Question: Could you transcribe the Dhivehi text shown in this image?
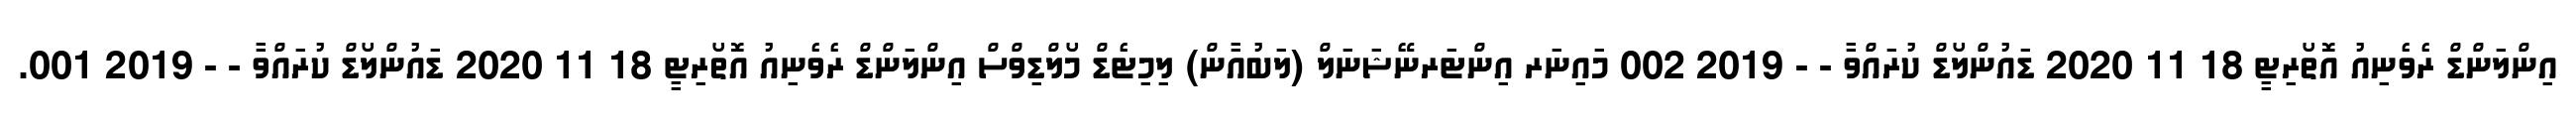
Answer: އިންލަންޑް ރެވެނިއު އޮތޯރިޓީ 18 11 2020 ޑައުންލޯޑް ކުރައްވާ - - 2019 002 މައިނަރ އިންޓަރނޭޝަނަލް (ލަބުއާން) ލިމިޓެޑް މޯލްޑިވްސް އިންލަންޑް ރެވެނިއު އޮތޯރިޓީ 18 11 2020 ޑައުންލޯޑް ކުރައްވާ - - 2019 001.